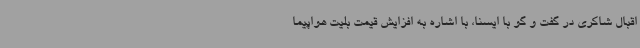
اقبال شاکری در گفت و گو با ایسنا، با اشاره به افزایش قیمت بلیت هواپیما